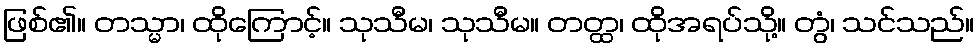
ဖြစ်၏။ တသ္မာ၊ ထိုကြောင့်။ သုသီမ၊ သုသီမ။ တတ္ထ၊ ထိုအရပ်သို့။ တွံ၊ သင်သည်။